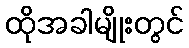
ထိုအခါမျိုးတွင်